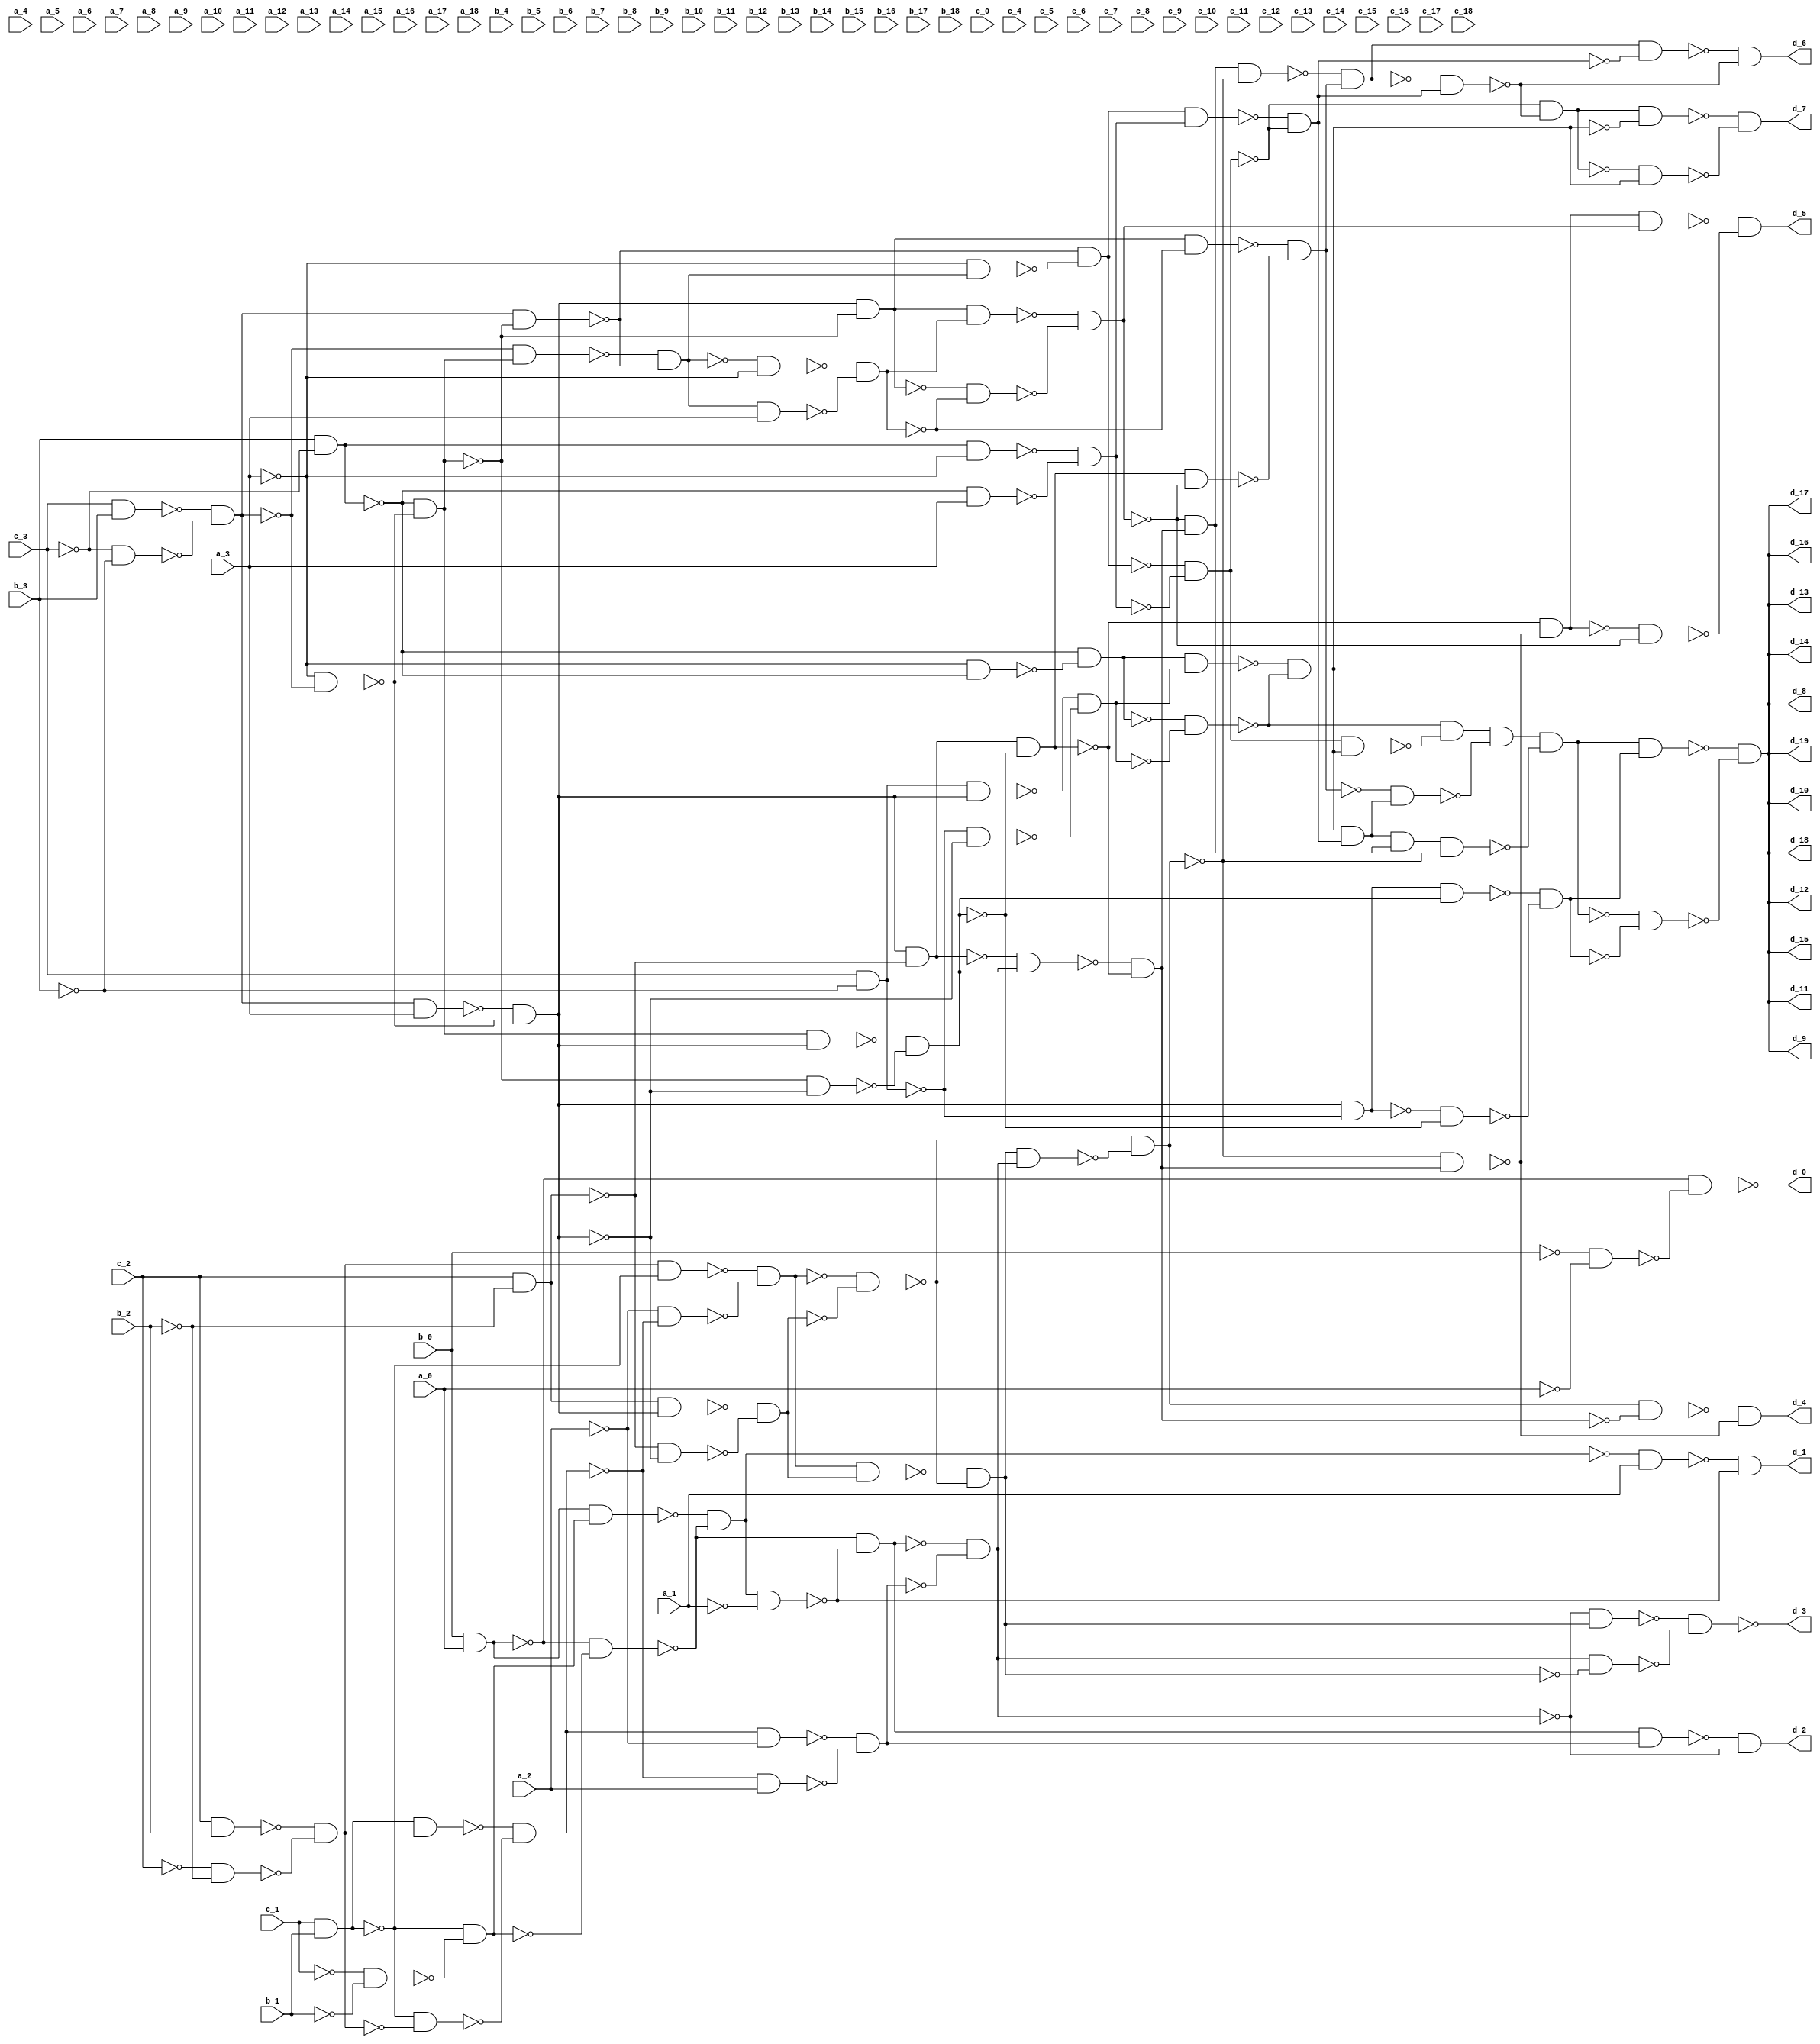
/* Generated by Yosys 0.36+13 (git sha1 373b651d5, clang 10.0.0-4ubuntu1 -fPIC -Os) */

module gen(a_0, a_1, a_2, a_3, a_4, a_5, a_6, a_7, a_8, a_9, a_10, a_11, a_12, a_13, a_14, a_15, a_16, a_17, a_18, b_0, b_1, b_2, b_3, b_4, b_5, b_6, b_7, b_8, b_9, b_10, b_11, b_12, b_13, b_14, b_15, b_16, b_17, b_18, c_0, c_1, c_2, c_3, c_4, c_5, c_6, c_7, c_8, c_9, c_10, c_11, c_12, c_13, c_14, c_15, c_16, c_17, c_18, d_0, d_1, d_2, d_3, d_4, d_5, d_6, d_7, d_8, d_9, d_10, d_11, d_12, d_13, d_14, d_15, d_16, d_17, d_18, d_19);
  wire _000_;
  wire _001_;
  wire _002_;
  wire _003_;
  wire _004_;
  wire _005_;
  wire _006_;
  wire _007_;
  wire _008_;
  wire _009_;
  wire _010_;
  wire _011_;
  wire _012_;
  wire _013_;
  wire _014_;
  wire _015_;
  wire _016_;
  wire _017_;
  wire _018_;
  wire _019_;
  wire _020_;
  wire _021_;
  wire _022_;
  wire _023_;
  wire _024_;
  wire _025_;
  wire _026_;
  wire _027_;
  wire _028_;
  wire _029_;
  wire _030_;
  wire _031_;
  wire _032_;
  wire _033_;
  wire _034_;
  wire _035_;
  wire _036_;
  wire _037_;
  wire _038_;
  wire _039_;
  wire _040_;
  wire _041_;
  wire _042_;
  wire _043_;
  wire _044_;
  wire _045_;
  wire _046_;
  wire _047_;
  wire _048_;
  wire _049_;
  wire _050_;
  wire _051_;
  wire _052_;
  wire _053_;
  wire _054_;
  wire _055_;
  wire _056_;
  wire _057_;
  wire _058_;
  wire _059_;
  wire _060_;
  wire _061_;
  wire _062_;
  wire _063_;
  wire _064_;
  wire _065_;
  wire _066_;
  wire _067_;
  wire _068_;
  wire _069_;
  wire _070_;
  wire _071_;
  wire _072_;
  wire _073_;
  wire _074_;
  wire _075_;
  wire _076_;
  wire _077_;
  wire _078_;
  wire _079_;
  wire _080_;
  wire _081_;
  wire _082_;
  wire _083_;
  wire _084_;
  wire _085_;
  wire _086_;
  wire _087_;
  wire _088_;
  wire _089_;
  wire _090_;
  wire _091_;
  wire _092_;
  wire _093_;
  wire _094_;
  wire _095_;
  wire _096_;
  wire _097_;
  wire _098_;
  wire _099_;
  wire _100_;
  wire _101_;
  wire _102_;
  wire _103_;
  wire _104_;
  wire _105_;
  wire _106_;
  wire _107_;
  wire _108_;
  wire _109_;
  wire _110_;
  wire _111_;
  wire _112_;
  wire _113_;
  wire _114_;
  wire _115_;
  wire _116_;
  wire _117_;
  wire _118_;
  wire _119_;
  wire _120_;
  wire _121_;
  wire _122_;
  wire _123_;
  wire _124_;
  wire _125_;
  wire _126_;
  wire _127_;
  wire _128_;
  wire _129_;
  wire _130_;
  wire _131_;
  wire _132_;
  wire _133_;
  wire _134_;
  wire _135_;
  wire _136_;
  wire _137_;
  wire _138_;
  wire _139_;
  wire _140_;
  wire _141_;
  wire _142_;
  wire _143_;
  wire _144_;
  wire _145_;
  wire _146_;
  wire _147_;
  wire _148_;
  wire _149_;
  wire _150_;
  wire _151_;
  wire _152_;
  wire _153_;
  wire _154_;
  wire _155_;
  wire _156_;
  wire _157_;
  wire _158_;
  wire _159_;
  wire _160_;
  wire _161_;
  wire _162_;
  wire _163_;
  wire _164_;
  wire _165_;
  wire _166_;
  wire _167_;
  wire _168_;
  wire _169_;
  wire _170_;
  wire _171_;
  wire _172_;
  wire _173_;
  wire _174_;
  wire _175_;
  wire _176_;
  wire _177_;
  wire _178_;
  wire _179_;
  wire _180_;
  wire _181_;
  wire _182_;
  wire _183_;
  wire _184_;
  wire _185_;
  wire _186_;
  wire _187_;
  wire _188_;
  wire _189_;
  wire _190_;
  wire _191_;
  wire _192_;
  wire _193_;
  wire _194_;
  wire _195_;
  wire _196_;
  wire _197_;
  wire _198_;
  wire _199_;
  wire _200_;
  wire _201_;
  wire _202_;
  wire _203_;
  wire _204_;
  wire _205_;
  wire _206_;
  wire _207_;
  wire _208_;
  wire _209_;
  wire _210_;
  wire _211_;
  wire _212_;
  wire _213_;
  wire _214_;
  wire _215_;
  wire _216_;
  wire _217_;
  wire _218_;
  wire _219_;
  wire _220_;
  wire _221_;
  wire _222_;
  wire _223_;
  input a_0;
  wire a_0;
  input a_1;
  wire a_1;
  input a_10;
  wire a_10;
  input a_11;
  wire a_11;
  input a_12;
  wire a_12;
  input a_13;
  wire a_13;
  input a_14;
  wire a_14;
  input a_15;
  wire a_15;
  input a_16;
  wire a_16;
  input a_17;
  wire a_17;
  input a_18;
  wire a_18;
  input a_2;
  wire a_2;
  input a_3;
  wire a_3;
  input a_4;
  wire a_4;
  input a_5;
  wire a_5;
  input a_6;
  wire a_6;
  input a_7;
  wire a_7;
  input a_8;
  wire a_8;
  input a_9;
  wire a_9;
  input b_0;
  wire b_0;
  input b_1;
  wire b_1;
  input b_10;
  wire b_10;
  input b_11;
  wire b_11;
  input b_12;
  wire b_12;
  input b_13;
  wire b_13;
  input b_14;
  wire b_14;
  input b_15;
  wire b_15;
  input b_16;
  wire b_16;
  input b_17;
  wire b_17;
  input b_18;
  wire b_18;
  input b_2;
  wire b_2;
  input b_3;
  wire b_3;
  input b_4;
  wire b_4;
  input b_5;
  wire b_5;
  input b_6;
  wire b_6;
  input b_7;
  wire b_7;
  input b_8;
  wire b_8;
  input b_9;
  wire b_9;
  input c_0;
  wire c_0;
  input c_1;
  wire c_1;
  input c_10;
  wire c_10;
  input c_11;
  wire c_11;
  input c_12;
  wire c_12;
  input c_13;
  wire c_13;
  input c_14;
  wire c_14;
  input c_15;
  wire c_15;
  input c_16;
  wire c_16;
  input c_17;
  wire c_17;
  input c_18;
  wire c_18;
  input c_2;
  wire c_2;
  input c_3;
  wire c_3;
  input c_4;
  wire c_4;
  input c_5;
  wire c_5;
  input c_6;
  wire c_6;
  input c_7;
  wire c_7;
  input c_8;
  wire c_8;
  input c_9;
  wire c_9;
  output d_0;
  wire d_0;
  output d_1;
  wire d_1;
  output d_10;
  wire d_10;
  output d_11;
  wire d_11;
  output d_12;
  wire d_12;
  output d_13;
  wire d_13;
  output d_14;
  wire d_14;
  output d_15;
  wire d_15;
  output d_16;
  wire d_16;
  output d_17;
  wire d_17;
  output d_18;
  wire d_18;
  output d_19;
  wire d_19;
  output d_2;
  wire d_2;
  output d_3;
  wire d_3;
  output d_4;
  wire d_4;
  output d_5;
  wire d_5;
  output d_6;
  wire d_6;
  output d_7;
  wire d_7;
  output d_8;
  wire d_8;
  output d_9;
  wire d_9;
not g0(_010_, a_2);
and g1(_067_, _222_, _188_);
and g2(_058_, _223_, _131_);
and g3(_068_, _132_, _133_);
and g4(_060_, _117_, _127_);
and g5(_061_, _059_, _134_);
and g6(_069_, _127_, _118_);
and g7(_062_, _046_, _069_);
and g8(_063_, _061_, _135_);
and g9(_064_, _069_, _121_);
and g10(_065_, _064_, _136_);
and g11(_066_, _063_, _137_);
and g12(_070_, _066_, _058_);
and g13(_071_, _138_, _139_);
and g14(d_10, _140_, _141_);
and g15(_072_, _018_, _015_);
and g16(d_2, _144_, _019_);
and g17(_001_, b_0, a_0);
and g18(_074_, _145_, _146_);
and g19(_075_, _147_, _148_);
and g20(_008_, c_1, b_1);
and g21(_076_, _149_, _150_);
and g22(_000_, _151_, _152_);
and g23(_077_, _001_, _000_);
and g24(_079_, _154_, _016_);
and g25(_080_, _002_, a_1);
and g26(d_1, _156_, _157_);
and g27(_083_, _003_, a_3);
and g28(_004_, _162_, _163_);
and g29(_005_, c_2, _164_);
and g30(_084_, _005_, _004_);
and g31(_085_, _165_, _166_);
and g32(_006_, _167_, _168_);
and g33(_086_, c_2, b_2);
and g34(_087_, _169_, _164_);
and g35(_007_, _170_, _171_);
and g36(_088_, _007_, _151_);
and g37(_089_, _008_, _007_);
and g38(_090_, _151_, _172_);
and g39(_011_, _173_, _174_);
and g40(_012_, _010_, _175_);
and g41(_013_, _009_, _176_);
and g42(_091_, _013_, _006_);
and g43(_014_, _179_, _027_);
and g44(_093_, _011_, _010_);
and g45(_094_, _175_, a_2);
and g46(_015_, _180_, _181_);
and g47(_078_, _147_, _153_);
and g48(_017_, _079_, _155_);
and g49(_018_, _016_, _157_);
and g50(_073_, _142_, _143_);
and g51(_095_, _019_, _014_);
and g52(_096_, _073_, _182_);
and g53(_097_, _183_, _184_);
and g54(_038_, b_3, _158_);
and g55(_022_, _021_, _030_);
and g56(_023_, _020_, _163_);
and g57(_098_, _023_, _004_);
and g58(_099_, _185_, _166_);
and g59(_024_, _186_, _187_);
and g60(_100_, _004_, _165_);
and g61(_101_, _025_, _024_);
and g62(_103_, _189_, _035_);
and g63(_092_, _177_, _178_);
and g64(_028_, _014_, _073_);
and g65(_029_, _027_, _190_);
and g66(_104_, _029_, _026_);
and g67(d_4, _191_, _192_);
and g68(_081_, c_3, b_3);
and g69(_082_, _158_, _159_);
and g70(_003_, _160_, _161_);
and g71(_105_, _030_, _023_);
and g72(_106_, _003_, _185_);
and g73(_107_, _193_, _040_);
and g74(_108_, _031_, _021_);
and g75(_109_, _107_, a_3);
and g76(_032_, _194_, _195_);
and g77(_033_, _004_, _185_);
and g78(_110_, _033_, _032_);
and g79(_111_, _196_, _197_);
and g80(_034_, _198_, _199_);
and g81(_102_, _100_, _188_);
and g82(_036_, _136_, _103_);
and g83(_037_, _035_, _192_);
and g84(_112_, _037_, _034_);
and g85(_113_, _200_, _201_);
and g86(d_5, _202_, _203_);
and g87(_114_, _038_, _021_);
and g88(_115_, _020_, a_3);
and g89(_039_, _204_, _205_);
and g90(_041_, _021_, _107_);
and g91(_042_, _040_, _206_);
and g92(_116_, _042_, _039_);
and g93(_117_, _207_, _208_);
and g94(_118_, _209_, _054_);
and g95(_119_, _033_, _197_);
and g96(_045_, _102_, _201_);
and g97(_120_, _044_, _210_);
and g98(_121_, _201_, _103_);
and g99(_122_, _121_, _136_);
and g100(_048_, _047_, _120_);
and g101(_123_, _048_, _043_);
and g102(_055_, _211_, _118_);
and g103(d_6, _212_, _213_);
and g104(_049_, c_3, _159_);
and g105(_124_, _049_, _004_);
and g106(_125_, _214_, _166_);
and g107(_050_, _215_, _216_);
and g108(_051_, _021_, _020_);
and g109(_052_, _020_, _217_);
and g110(_126_, _052_, _050_);
and g111(_127_, _218_, _059_);
and g112(_056_, _054_, _213_);
and g113(_128_, _056_, _053_);
and g114(_129_, _219_, _127_);
and g115(d_7, _220_, _221_);
and g116(_057_, _004_, _214_);
and g117(_130_, _057_, _024_);
not g118(_131_, _067_);
not g119(_132_, _052_);
not g120(_133_, _050_);
not g121(_059_, _068_);
not g122(_134_, _060_);
not g123(_135_, _062_);
not g124(_137_, _065_);
not g125(_138_, _066_);
not g126(_139_, _058_);
not g127(_140_, _070_);
not g128(_141_, _071_);
not g129(_144_, _072_);
not g130(_145_, b_0);
not g131(_146_, a_0);
not g132(_148_, _074_);
not g133(d_0, _075_);
not g134(_149_, c_1);
not g135(_150_, b_1);
not g136(_152_, _076_);
not g137(_154_, _077_);
not g138(_002_, _079_);
not g139(_156_, _080_);
not g140(_021_, a_3);
not g141(_162_, _083_);
not g142(_167_, _084_);
not g143(_168_, _085_);
not g144(_169_, c_2);
not g145(_164_, b_2);
not g146(_170_, _086_);
not g147(_171_, _087_);
not g148(_009_, _088_);
not g149(_151_, _008_);
not g150(_172_, _007_);
not g151(_173_, _089_);
not g152(_174_, _090_);
not g153(_176_, _012_);
not g154(_179_, _091_);
not g155(_175_, _011_);
not g156(_180_, _093_);
not g157(_181_, _094_);
not g158(_147_, _001_);
not g159(_153_, _000_);
not g160(_016_, _078_);
not g161(_155_, a_1);
not g162(_157_, _017_);
not g163(_142_, _018_);
not g164(_143_, _015_);
not g165(_019_, _073_);
not g166(_182_, _014_);
not g167(_183_, _095_);
not g168(_184_, _096_);
not g169(d_3, _097_);
not g170(_020_, _038_);
not g171(_163_, _022_);
not g172(_186_, _098_);
not g173(_187_, _099_);
not g174(_165_, _005_);
not g175(_025_, _100_);
not g176(_189_, _101_);
not g177(_035_, _102_);
not g178(_026_, _103_);
not g179(_177_, _013_);
not g180(_178_, _006_);
not g181(_027_, _092_);
not g182(_190_, _028_);
not g183(_191_, _104_);
not g184(_192_, _036_);
not g185(_160_, _081_);
not g186(_161_, _082_);
not g187(_030_, _003_);
not g188(_193_, _105_);
not g189(_040_, _106_);
not g190(_031_, _107_);
not g191(_194_, _108_);
not g192(_195_, _109_);
not g193(_196_, _033_);
not g194(_198_, _110_);
not g195(_199_, _111_);
not g196(_188_, _024_);
not g197(_136_, _029_);
not g198(_200_, _037_);
not g199(_202_, _112_);
not g200(_203_, _113_);
not g201(_158_, c_3);
not g202(_204_, _114_);
not g203(_205_, _115_);
not g204(_185_, _023_);
not g205(_206_, _041_);
not g206(_207_, _042_);
not g207(_208_, _039_);
not g208(_209_, _116_);
not g209(_054_, _117_);
not g210(_043_, _118_);
not g211(_197_, _032_);
not g212(_044_, _119_);
not g213(_201_, _034_);
not g214(_210_, _045_);
not g215(_046_, _120_);
not g216(_047_, _122_);
not g217(_211_, _048_);
not g218(_212_, _123_);
not g219(_213_, _055_);
not g220(_159_, b_3);
not g221(_214_, _049_);
not g222(_166_, _004_);
not g223(_215_, _124_);
not g224(_216_, _125_);
not g225(_217_, _051_);
not g226(_218_, _126_);
not g227(_053_, _127_);
not g228(_219_, _056_);
not g229(_220_, _128_);
not g230(_221_, _129_);
not g231(_222_, _057_);
not g232(_223_, _130_);
buf g233(d_11, d_10);
buf g234(d_12, d_10);
buf g235(d_13, d_10);
buf g236(d_14, d_10);
buf g237(d_15, d_10);
buf g238(d_16, d_10);
buf g239(d_17, d_10);
buf g240(d_18, d_10);
buf g241(d_19, d_10);
buf g242(d_8, d_10);
buf g243(d_9, d_10);
endmodule